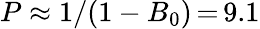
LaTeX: P\approx 1/(1-B_{0})\, {=}\, 9.1